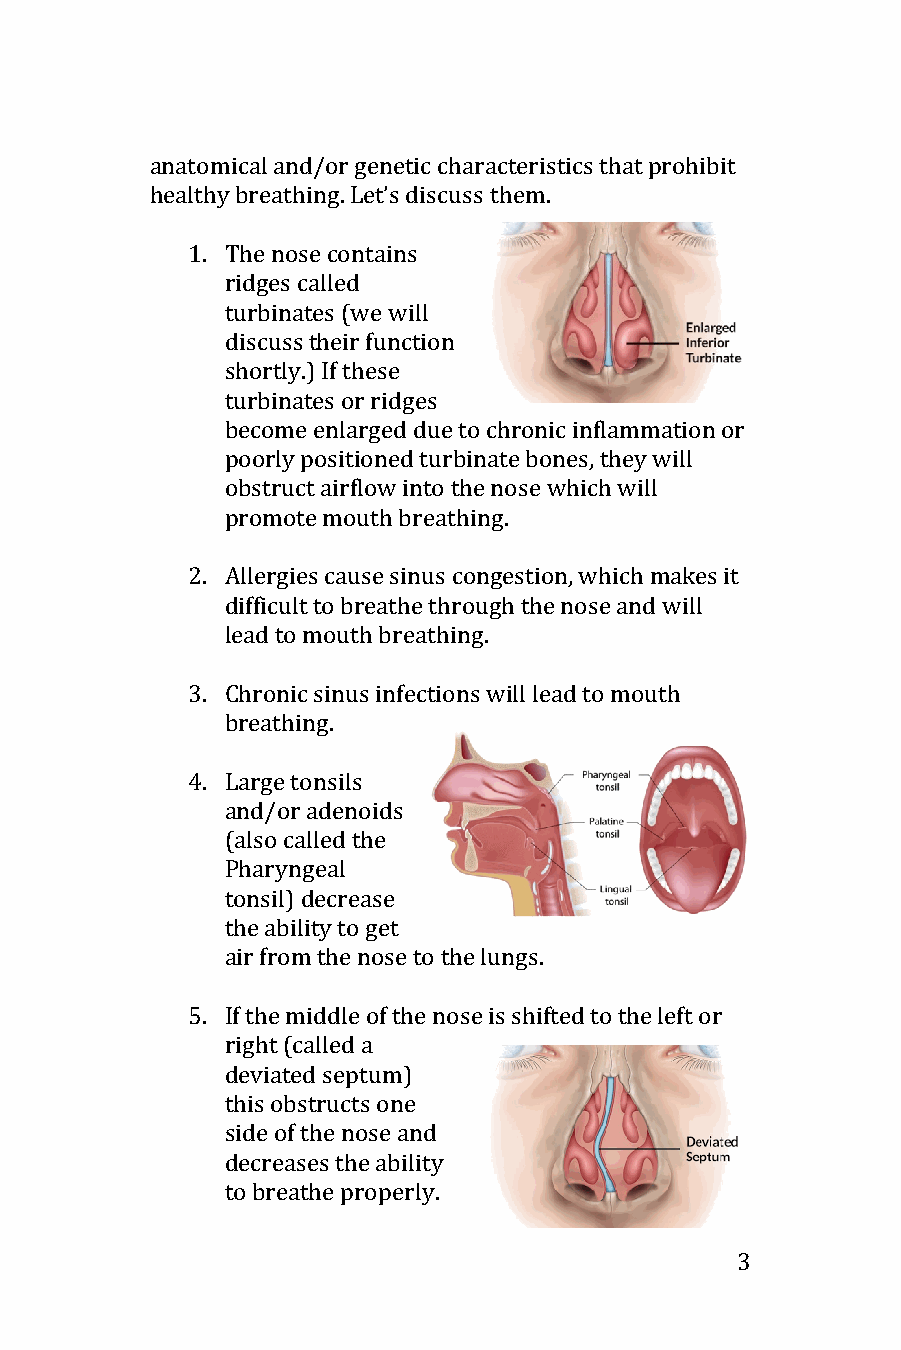
anatomical and/or genetic characteristics that prohibit
 healthy breathing. Let’s discuss them.
 1. The nose contains
 ridges called
 turbinates (we will
 discuss their function
 shortly.) If these
 turbinates or ridges
 become enlarged due to chronic inflammation or
 poorly positioned turbinate bones, they will
 obstruct airflow into the nose which will
 promote mouth breathing.
 2. Allergies cause sinus congestion, which makes it
 difficult to breathe through the nose and will
 lead to mouth breathing.
 3. Chronic sinus infections will lead to mouth
 breathing.
 4. Large tonsils
 and/or adenoids
 (also called the
 Pharyngeal
 tonsil) decrease
 the ability to get
 air from the nose to the lungs.
 5. If the middle of the nose is shifted to the left or
 right (called a
 deviated septum)
 this obstructs one
 side of the nose and
 decreases the ability
 to breathe properly.
 3